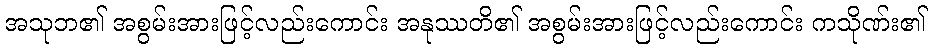
အသုဘ၏ အစွမ်းအားဖြင့်လည်းကောင်း အနုဿတိ၏ အစွမ်းအားဖြင့်လည်းကောင်း ကသိုဏ်း၏